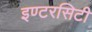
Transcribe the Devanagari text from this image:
इण्टरसिटी